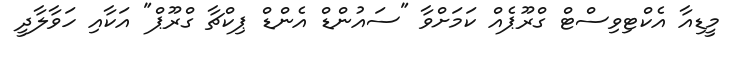
މީޑިއާ އެކްޓިވިސްޓް ގްރޫޕެއް ކަމަށްވާ "ސައުންޑް އެންޑް ޕިކްޗާ ގްރޫޕް" އަކާއި ހަވާލާދީ